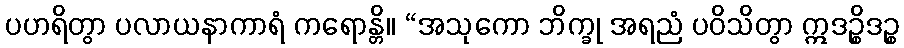
ပဟရိတွာ ပလာယနာကာရံ ကရောန္တိ။ “အသုကော ဘိက္ခု အရညံ ပဝိသိတွာ ဣဒဉ္စိဒဉ္စ